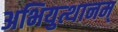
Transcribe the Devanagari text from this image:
अभियुत्थानम्